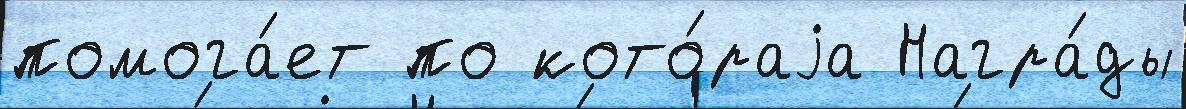
помога́ет по кото́раjа Награ́ды